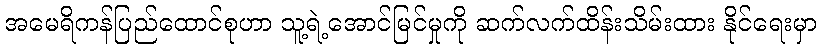
အမေရိကန်ပြည်ထောင်စုဟာ သူ့ရဲ့အောင်မြင်မှုကို ဆက်လက်ထိန်းသိမ်းထား နိုင်ရေးမှာ